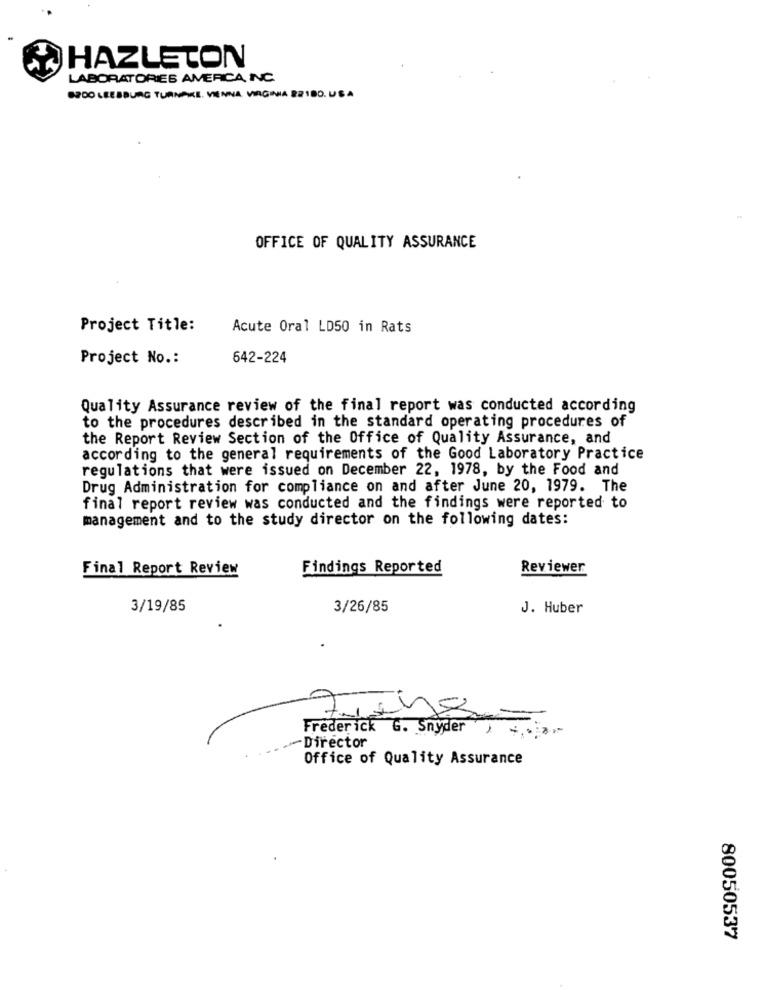
HAZLETON
LABORATORIES AMERICA INC.
BROO LEESBURG TURNPIKE, VIENNA, VIRGINIA 22180. USA
OFFICE OF QUALITY ASSURANCE
Project Title:
Acute Oral LD50 in Rats
Project No .:
642-224
Quality Assurance review of the final report was conducted according
to the procedures described in the standard operating procedures of
the Report Review Section of the Office of Quality Assurance, and
according to the general requirements of the Good Laboratory Practice
regulations that were issued on December 22, 1978, by the Food and
Drug Administration for compliance on and after June 20, 1979. The
final report review was conducted and the findings were reported to
management and to the study director on the following dates:
Final Report Review
Findings Reported
Reviewer
3/19/85
3/26/85
J. Huber
7
Frederick G. Snyder ,
Director
Office of Quality Assurance
80050537